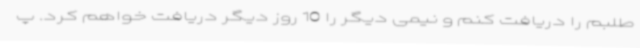
طلبم را دریافت کنم و نیمی دیگر را 10 روز دیگر دریافت خواهم کرد. پ